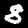
Label: 8